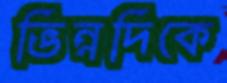
ভিন্নদিকে